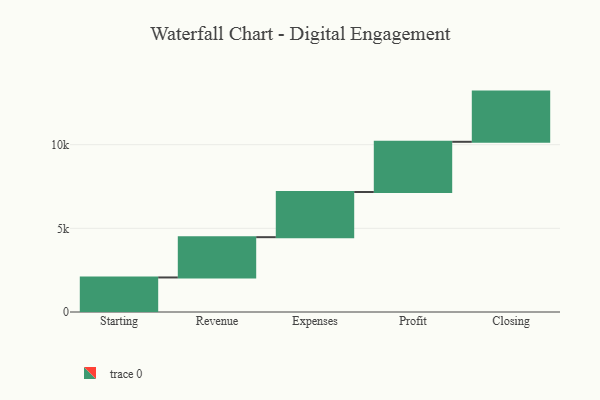
{"axis": {"x": "Step", "y": "Value"}, "legend": [""], "data": [{"x": "Starting", "y": 2064.0, "type": ""}, {"x": "Revenue", "y": 2408.0, "type": ""}, {"x": "Expenses", "y": 2699.0, "type": ""}, {"x": "Profit", "y": 3000, "type": ""}, {"x": "Closing", "y": 3000, "type": ""}]}